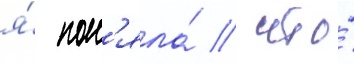
я́ пон'яла́ / что́